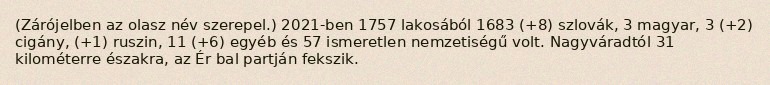
(Zárójelben az olasz név szerepel.) 2021-ben 1757 lakosából 1683 (+8) szlovák, 3 magyar, 3 (+2) cigány, (+1) ruszin, 11 (+6) egyéb és 57 ismeretlen nemzetiségű volt. Nagyváradtól 31 kilométerre északra, az Ér bal partján fekszik.